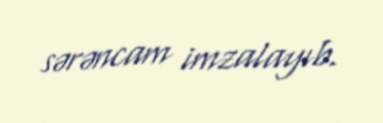
sərəncam imzalayıb.